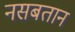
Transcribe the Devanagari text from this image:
नसबतान